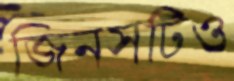
জিনসটিও